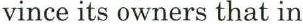
vince its owners that in